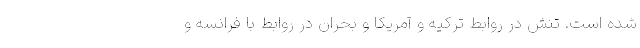
شده است. تنش در روابط ترکیه و آمریکا و بحران در روابط با فرانسه و